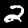
Digit: 2